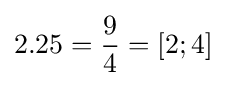
2.25={\frac {9}{4}}=[2;4]